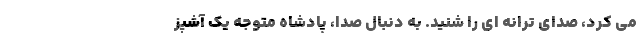
می کرد، صدای ترانه ای را شنید. به دنبال صدا، پادشاه متوجه یک آشپز